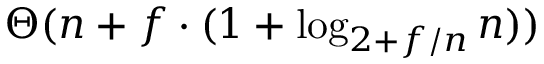
\Theta ( n + f \cdot ( 1 + \log _ { 2 + f / n } n ) )